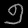
Digit: ၅